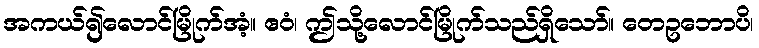
အကယ်၍လောင်မြိုက်အံ့။ ဧဝံ၊ ဤသို့လောင်မြိုက်သည်ရှိသော်။ တေဥဘောပိ၊